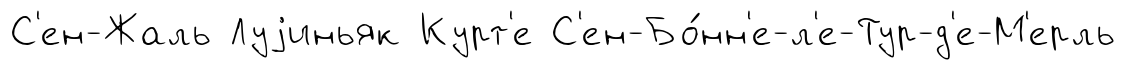
С'ен-Жаль Луjиньяк Курт'е С'ен-Бо́нн'е-л'е-Тур-д'е-М'ерль